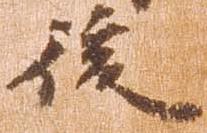
後